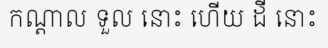
កណ្តាល ទួល នោះ ហើយ ដី នោះ